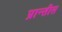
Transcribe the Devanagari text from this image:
प्रान्तीस